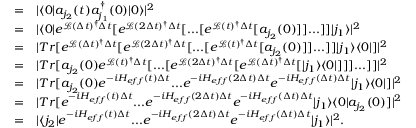
\begin{array} { r l } { = } & { { } | \langle 0 | a _ { j _ { 2 } } ( t ) a _ { j _ { 1 } } ^ { \dagger } ( 0 ) | 0 \rangle | ^ { 2 } } \\ { = } & { { } | \langle 0 | e ^ { \mathcal { L } ( \Delta t ) ^ { \dagger } \Delta t } [ e ^ { \mathcal { L } ( 2 \Delta t ) ^ { \dagger } \Delta t } [ . . . [ e ^ { \mathcal { L } ( t ) ^ { \dagger } \Delta t } [ a _ { j _ { 2 } } ( 0 ) ] ] . . . ] ] | j _ { 1 } \rangle | ^ { 2 } } \\ { = } & { { } | T r [ e ^ { \mathcal { L } ( \Delta t ) ^ { \dagger } \Delta t } [ e ^ { \mathcal { L } ( 2 \Delta t ) ^ { \dagger } \Delta t } [ . . . [ e ^ { \mathcal { L } ( t ) ^ { \dagger } \Delta t } [ a _ { j _ { 2 } } ( 0 ) ] ] . . . ] ] | j _ { 1 } \rangle \langle 0 | ] | ^ { 2 } } \\ { = } & { { } | T r [ a _ { j _ { 2 } } ( 0 ) e ^ { \mathcal { L } ( t ) ^ { \dagger } \Delta t } [ . . . [ e ^ { \mathcal { L } ( 2 \Delta t ) ^ { \dagger } \Delta t } [ e ^ { \mathcal { L } ( \Delta t ) ^ { \dagger } \Delta t } [ | j _ { 1 } \rangle \langle 0 | ] ] ] . . . ] ] | ^ { 2 } } \\ { = } & { { } | T r [ a _ { j _ { 2 } } ( 0 ) e ^ { - i H _ { e f f } ( t ) \Delta t } . . . e ^ { - i H _ { e f f } ( 2 \Delta t ) \Delta t } e ^ { - i H _ { e f f } ( \Delta t ) \Delta t } | j _ { 1 } \rangle \langle 0 | ] | ^ { 2 } } \\ { = } & { { } | T r [ e ^ { - i H _ { e f f } ( t ) \Delta t } . . . e ^ { - i H _ { e f f } ( 2 \Delta t ) \Delta t } e ^ { - i H _ { e f f } ( \Delta t ) \Delta t } | j _ { 1 } \rangle \langle 0 | a _ { j _ { 2 } } ( 0 ) ] | ^ { 2 } } \\ { = } & { { } | \langle j _ { 2 } | e ^ { - i H _ { e f f } ( t ) \Delta t } . . . e ^ { - i H _ { e f f } ( 2 \Delta t ) \Delta t } e ^ { - i H _ { e f f } ( \Delta t ) \Delta t } | j _ { 1 } \rangle | ^ { 2 } . } \end{array}